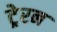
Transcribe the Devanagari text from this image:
ट्रेरन